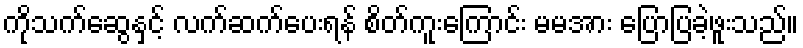
ကိုသက်ဆွေနှင့် လက်ဆက်ပေးရန် စိတ်ကူးကြောင်း မမအား ပြောပြခဲ့ဖူးသည်။